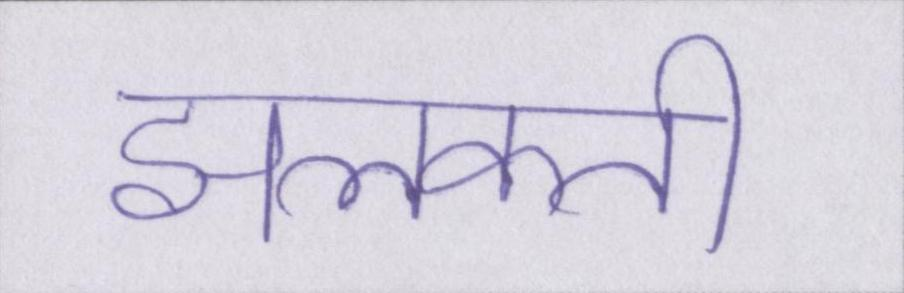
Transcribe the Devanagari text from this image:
झलकती